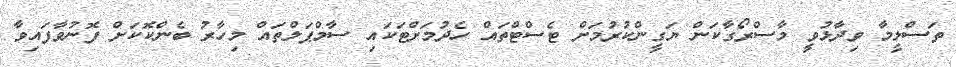
ތަސްލީމާ ވިދާޅުވީ މާސްރޯގާކަން ޔަގީންކުރުމަށް ޓެސްޓްތައް ހެދުމަށްޓަަކައި ސާމްޕަލްތައް މިހާރު ބެންކޮކަށް ފޮނުވާފައިވާ